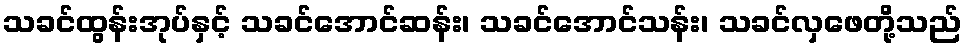
သခင်ထွန်းအုပ်နှင့် သခင်အောင်ဆန်း၊ သခင်အောင်သန်း၊ သခင်လှဖေတို့သည်